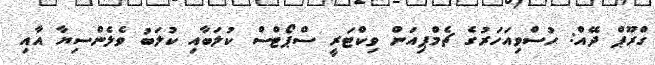
ގްރޫޕް ދޭއް: ހުސްވިއަހަރުގެ ޗެމްޕިއަން ވިކްޓަރީ ސްޕޯޓްސް ކުލަބާއި ކުލަބު ވެލެންސިޔާ އާއި